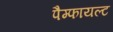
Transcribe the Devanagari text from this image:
पैम्फायल्ट